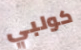
كولبي